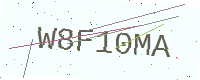
Text: W8F10MA